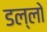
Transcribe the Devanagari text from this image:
डल्लो